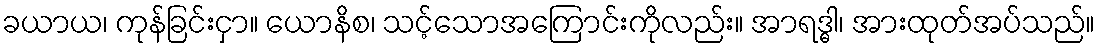
ခယာယ၊ ကုန်ခြင်းငှာ။ ယောနိစ၊ သင့်သောအကြောင်းကိုလည်း။ အာရဒ္ဓါ၊ အားထုတ်အပ်သည်။